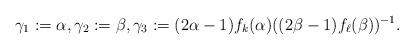
LaTeX: \begin{align*}\gamma_1:=\alpha, \gamma_2:=\beta, \gamma_3:=(2\alpha-1)f_k(\alpha)((2\beta-1)f_{\ell}(\beta))^{-1}.\end{align*}